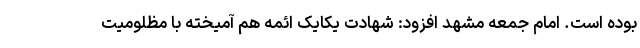
بوده است. امام جمعه مشهد افزود: شهادت یکایک ائمه هم آمیخته با مظلومیت